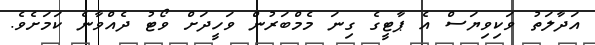
އަދާލަތު ވަކިވިޔަސް އެ ޕާޓީގެ ގިނަ މެމްބަރުން ވަހީދަށް ވޯޓު ދެއްވާނެ ކަމަށެވެ.